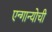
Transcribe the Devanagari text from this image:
एन्गान्योची